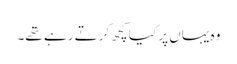
وہ یہاں پر کیا کچھ کرتے رہے تھے۔